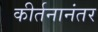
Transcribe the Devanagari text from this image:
कीर्तनानंतर